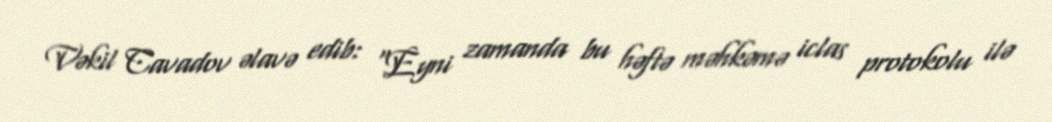
Vəkil Cavadov əlavə edib: "Eyni zamanda bu həftə məhkəmə iclas protokolu ilə